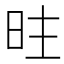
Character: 𱡽